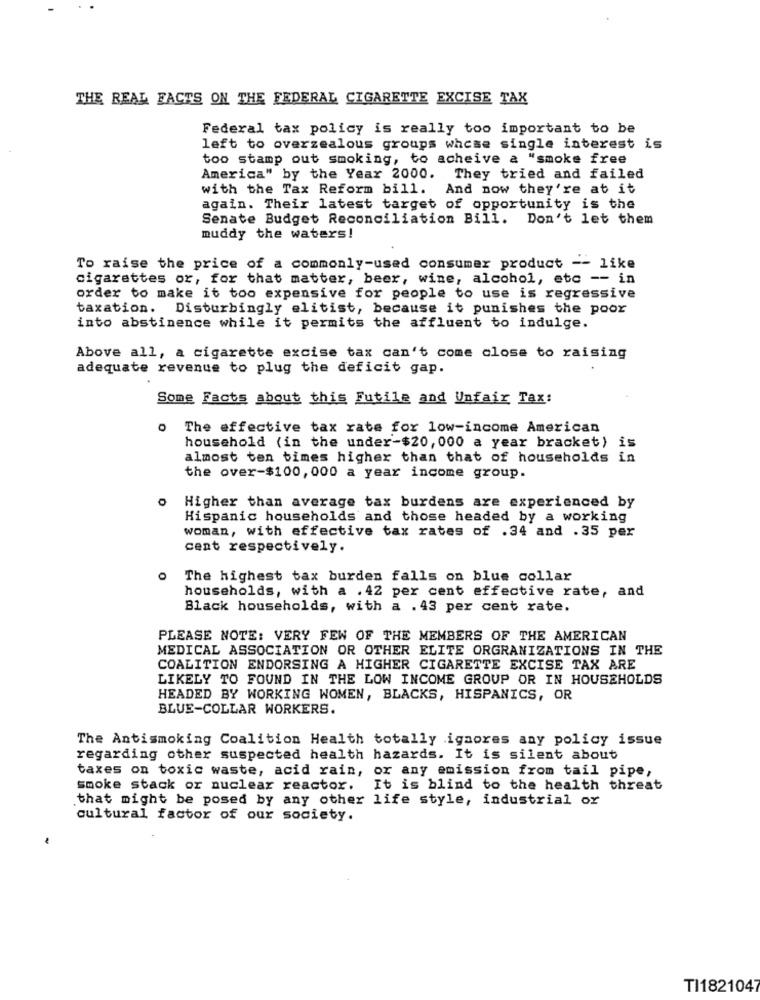
THE REAL FACTS ON THE FEDERAL CIGARETTE EXCISE TAX
Federal tax policy is really too important to be
left to overzealous groups whose single interest is
too stamp out smoking, to acheive a "smoke free
America" by the Year 2000. They tried and failed
with the Tax Reform bill. And now they're at it
again. Their latest target of opportunity is the
Senate Budget Reconciliation Bill. Don't let them
muddy the waters!
To raise the price of a commonly-used consumer product -- like
cigarettes or, for that matter, beer, wine, alcohol, etc -- in
order to make it too expensive for people to use is regressive
taxation. Disturbingly elitist, because it punishes the poor
into abstinence while it permits the affluent to indulge.
Above all, a cigarette excise tax can't come close to raising
adequate revenue to plug the deficit gap.
Some Facts about this Futile and Unfair Tax:
The effective tax rate for low-income American
household (in the under-$20, 000 a year bracket) is
almost ten times higher than that of households in
the over-$100, 000 a year income group.
Higher than average tax burdens are experienced by
Hispanic households and those headed by a working
woman, with effective tax rates of .34 and .35 per
cent respectively.
The highest tax burden falls on blue collar
households, with a . 42 per cent effective rate, and
Black households, with a . 43 per cent rate.
PLEASE NOTE: VERY FEW OF THE MEMBERS OF THE AMERICAN
MEDICAL ASSOCIATION OR OTHER ELITE ORGRANIZATIONS IN THE
COALITION ENDORSING A HIGHER CIGARETTE EXCISE TAX ARE
LIKELY TO FOUND IN THE LOW INCOME GROUP OR IN HOUSEHOLDS
HEADED BY WORKING WOMEN, BLACKS, HISPANICS, OR
BLUE-COLLAR WORKERS.
The Antismoking Coalition Health totally ignores any policy issue
regarding other suspected health hazards. It is silent about
taxes on toxic waste, acid rain, or any emission from tail pipe,
smoke stack or nuclear reactor.
It is blind to the health threat
that might be posed by any other life style, industrial or
cultural factor of our society.
TI1821047